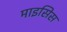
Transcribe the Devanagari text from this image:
माइसिस